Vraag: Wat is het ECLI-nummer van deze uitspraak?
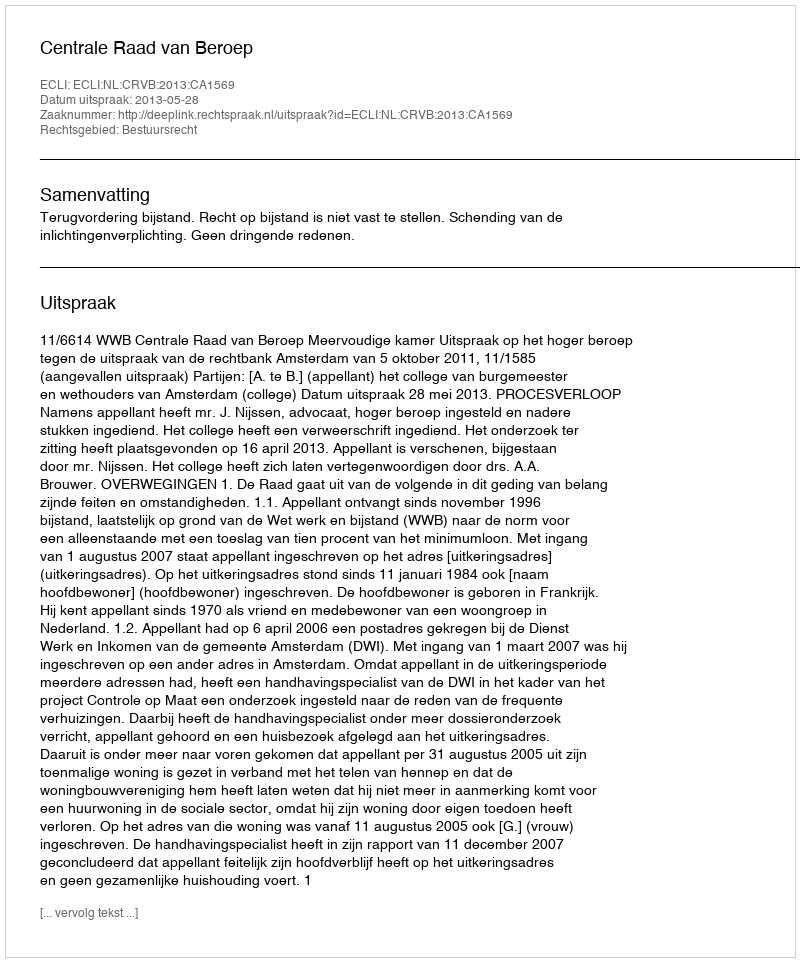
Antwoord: ECLI:NL:CRVB:2013:CA1569